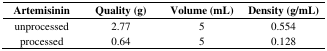
<table><thead><tr><td><b>Artemisinin</b></td><td><b>Quality (g)</b></td><td><b>Volume (mL)</b></td><td><b>Density (g/mL)</b></td></tr></thead><tbody><tr><td>unprocessed</td><td>2.77</td><td>5</td><td>0.554</td></tr><tr><td>processed</td><td>0.64</td><td>5</td><td>0.128</td></tr></tbody></table>